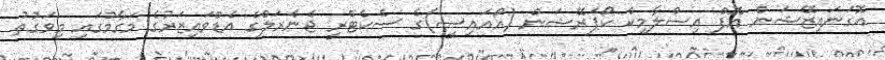
އޮގަނައިޒޭޝަން އޮފް އިސްލާމިކް ކޯޕަރޭޝަން (އޯއައިސީ)ގެ ސެކެޓްރީ ޖެނެރަލްގެ އެޑްވައިޒަރުގެ މަގާމުގައި މިވަގުތު